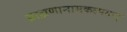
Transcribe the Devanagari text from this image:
ब्राह्मणानामकल्पयात्‌